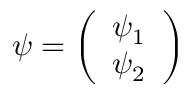
\psi = \left( \begin{array} { c } { { \psi _ { 1 } } } \\ { { \psi _ { 2 } } } \end{array} \right)